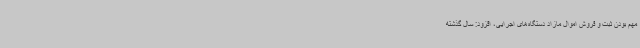
مهم بودن ثبت و فروش اموال مازاد دستگاه‌های اجرایی، افزود: سال گذشته